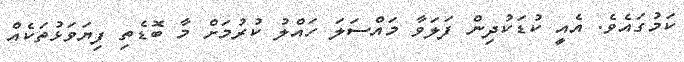
ކަމުގައެވެ. އެއީ ކުޑަކުދިން ފަލަވާ މައްސަލަ ހައްލު ކުރުމަށް މާ ބޮޑެތި ފިޔަވަޅުތަކެއް